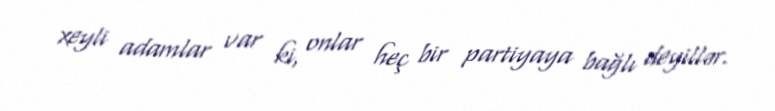
xeyli adamlar var ki, onlar heç bir partiyaya bağlı deyillər.